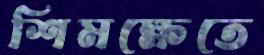
শিমক্ষেতে